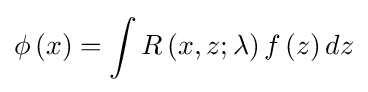
\phi \left(x\right)=\int R\left(x,z;\lambda \right)f\left(z\right)dz